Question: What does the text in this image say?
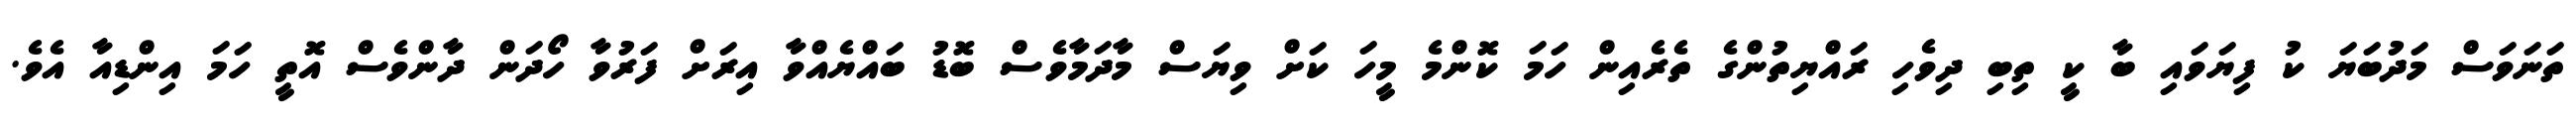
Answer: ތަނަވަސް މަދުބަޔަ ކު ފިޔަވައި ބާ ކީ ތިބި ދިވެހި ރައްޔިތުންގެ ތެރެއިން ހަމަ ކޮންމެ މީހަ ކަށް ވިޔަސް މާދަމާވެސް ބޮޑު ބައްޔެއްވާ އިރަށް ފަރުވާ ހޯދަން ދާންވެސް އޮތީ ހަމަ އިންޑިއާ އެވެ.